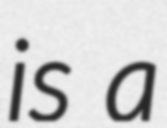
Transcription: is a